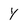
Character: y